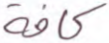
كافة